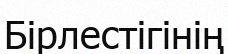
Бірлестігінің